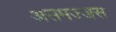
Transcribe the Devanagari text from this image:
असमज्जस